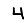
Digit: 4